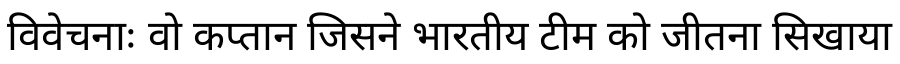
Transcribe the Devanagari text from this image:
विवेचनाः वो कप्तान जिसने भारतीय टीम को जीतना सिखाया